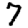
Digit: 7